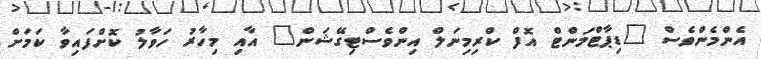
އެންމެންވެސް "ޑިޕާޓްމަންޓް އޮފް ކްރިމިނަލް އިންވެސްޓިގޭޝަން" އާއި މިހާރު ހަވާލު ކޮށްފައިވާ ކަމަށް